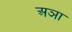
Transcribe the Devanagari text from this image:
अञा